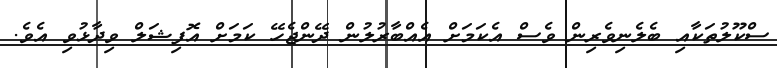
ސްކޫލުތަކާއި ބެލެނިވެރިން ވެސް އެކަމަށް އެއްބާރުލުން ދޭންޖެހޭ ކަމަށް އޮފިޝަލް ވިދާޅުވި އެވެ.